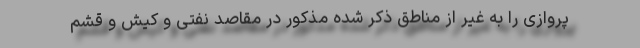
پروازی را به غیر از مناطق ذکر شده مذکور در مقاصد نفتی و کیش و قشم